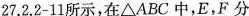
27.2.2-11所示，在△ABC中，E，F分